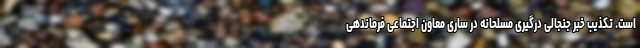
است. تکذیب خبر جنجالی درگیری مسلحانه در ساری معاون اجتماعی فرماندهی